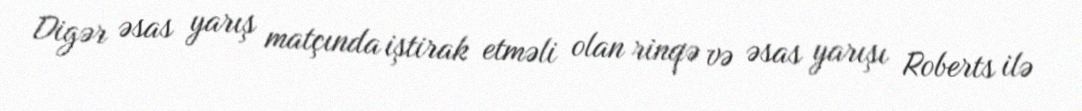
Digər əsas yarış matçında iştirak etməli olan rinqə və əsas yarışı Roberts ilə